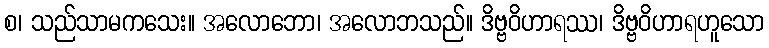
စ၊ သည်သာမကသေး။ အလောဘော၊ အလောဘသည်။ ဒိဗ္ဗဝိဟာရဿ၊ ဒိဗ္ဗဝိဟာရဟူသော